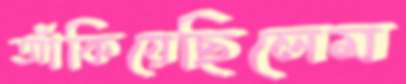
আঁকিয়েছিলেম